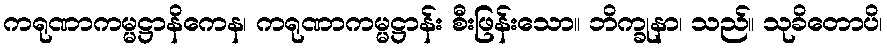
ကရုဏာကမ္မဋ္ဌာနိကေန၊ ကရုဏာကမ္မဋ္ဌာန်း စီးဖြန်းသော။ ဘိက္ခုနာ၊ သည်။ သုခိတောပိ၊